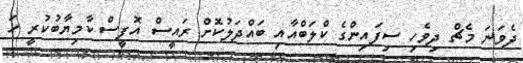
ދެވަަނަ މެޗް ދިވެހި ސިފައިންގެ ކްލަބްއާއި ބައްދަލުކޮށް ރައީސް އޮފީސް ކާމިޔާބުކުރީ ހަ